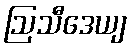
ဩသီဒေယျ